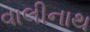
વાલીનાથ